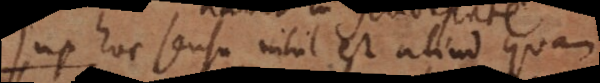
s hoc sensu nihil est aliud quam